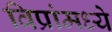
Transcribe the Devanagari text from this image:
विप्रांमध्ये